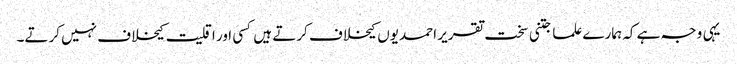
یہی وجہ ہے کہ ہمارے علما جتنی سخت تقریر احمدیوں کیخلاف کرتے ہیں کسی اور اقلیت کیخلاف نہیں کرتے۔